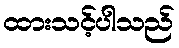
ထားသင့်ပါသည်